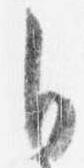
自